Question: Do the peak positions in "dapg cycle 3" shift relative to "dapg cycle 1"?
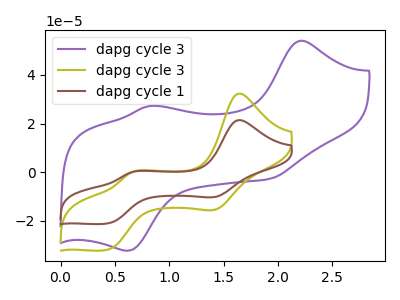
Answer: <think>The purple curve "dapg cycle 3" has anodic peaks at (2.20V, 54.10uA) (0.80V, 27.20uA) and cathodic peaks at (1.90V, -2.80uA) (0.60V, -32.45uA). The olive curve "dapg cycle 3" has anodic peaks at (1.65V, 32.35uA) (0.65V, -0.10uA) and cathodic peaks at (1.45V, -15.35uA) (0.45V, -32.05uA). The brown curve "dapg cycle 1" has anodic peaks at (1.65V, 21.40uA) (0.65V, -0.10uA) and cathodic peaks at (1.45V, -10.15uA) (0.45V, -21.20uA).
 All the peaks in "dapg cycle 3" have a peak in "dapg cycle 1" at the same potential.</think>
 <answer>No, "dapg cycle 3" and "dapg cycle 1" don't appear to be significantly different in shape</answer>
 <eval>no_change</eval>